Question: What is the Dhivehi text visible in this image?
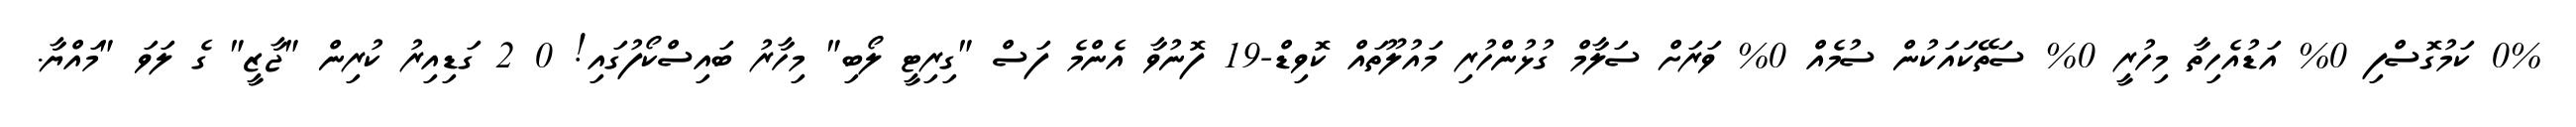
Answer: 0% ކަމުގޮސްފި 0% އަޑުއެހިތާ މިހުރީ 0% ސަތޭކައަކުން ސުމެއް 0% ވަރަށް ސަލާމް ގުޅުންހުރި މައުލޫތައް ކޮވިޑް-19 ފޮނުވާ އެންމެ ފަސް "ގިރިޓީ ލޯބި" މިހާރު ބައިސްކޯފުގައި! 0 2 ގަޑިއިރު ކުރިން "ޖާޒީ" ގެ ލަވަ "މައްޔާ.